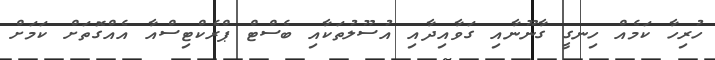
ހުރިހާ ކަމެއް ހިނގީ ގާނޫނާއި ގަވާއިދާއި އުސޫލުތަކާއި ބެސްޓް ޕްރެކްޓިސްއާ އެއްގޮތަށް ކަމަށް